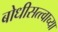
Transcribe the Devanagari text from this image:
बोधीसत्त्वाच्या